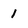
Character: 1